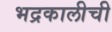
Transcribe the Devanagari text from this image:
भद्रकालीची